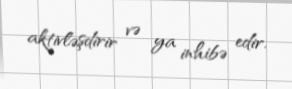
aktivləşdirir və ya inhibə edir.